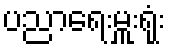
ပညာရေးမှူးရုံး